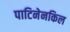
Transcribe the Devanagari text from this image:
पाटिनेनकिल